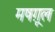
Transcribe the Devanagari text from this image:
मषग़ूल